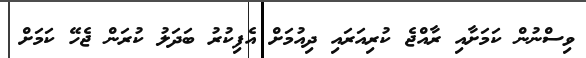
ވިސްނުން ކަމަށާއި ރާއްޖެ ކުރިއަރައި ދިއުމަށް އެފިކުރު ބަދަލު ކުރަން ޖެހޭ ކަމަށް